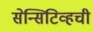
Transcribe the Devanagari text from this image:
सेन्सिटिव्हची